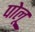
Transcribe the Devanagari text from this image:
पोलू